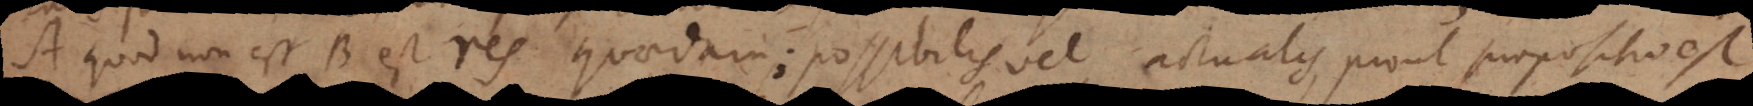
A quod non est B est res quaedam; possibilis vel actualis, prout propositio est